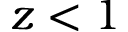
z < 1